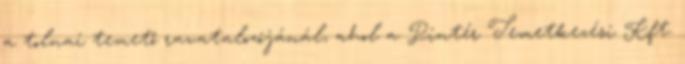
a tolnai temető ravatalozójánál, ahol a Pintér Temetkezési Kft.